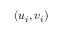
( u _ { i } , v _ { i } )